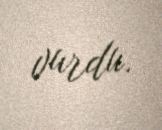
vurdu.